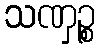
သဏှဉ္စ